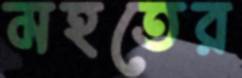
মহতের